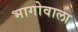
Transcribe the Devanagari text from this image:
भागोवाला